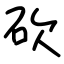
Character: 砍